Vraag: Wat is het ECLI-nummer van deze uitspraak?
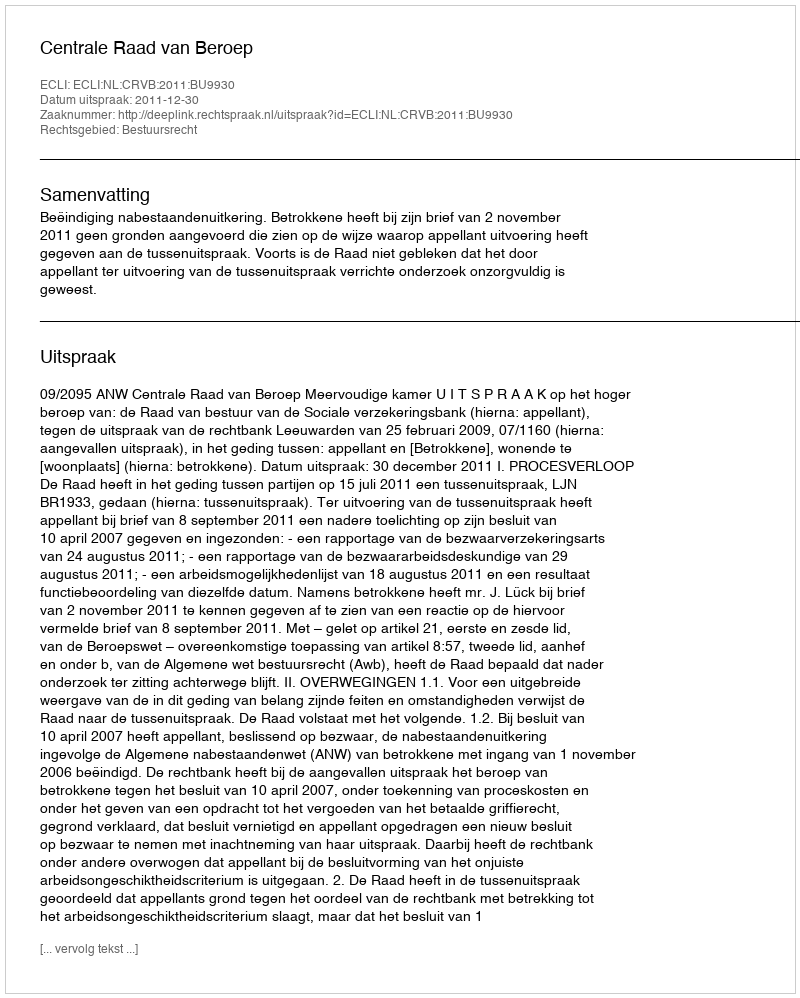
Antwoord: ECLI:NL:CRVB:2011:BU9930